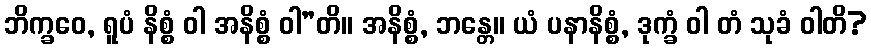
ဘိက္ခဝေ, ရူပံ နိစ္စံ ဝါ အနိစ္စံ ဝါ”တိ။ အနိစ္စံ, ဘန္တေ။ ယံ ပနာနိစ္စံ, ဒုက္ခံ ဝါ တံ သုခံ ဝါတိ?